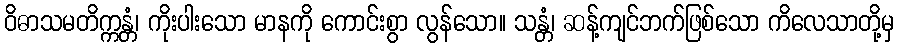
ဝိဓာသမတိက္ကန္တံ၊ ကိုးပါးသော မာနကို ကောင်းစွာ လွန်သော။ သန္တံ၊ ဆန့်ကျင်ဘက်ဖြစ်သော ကိလေသာတို့မှ